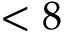
< 8